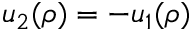
u _ { 2 } ( \rho ) = - u _ { 1 } ( \rho )